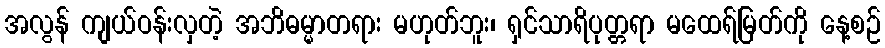
အလွန် ကျယ်ဝန်းလှတဲ့ အဘိဓမ္မာတရား မဟုတ်ဘူး၊ ရှင်သာရိပုတ္တရာ မထေရ်မြတ်ကို နေ့စဉ်